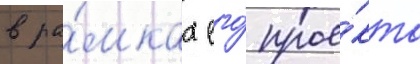
в ра́мках его́ прое́кта